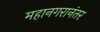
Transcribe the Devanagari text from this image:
महानगरानंतर